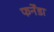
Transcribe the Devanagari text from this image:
फर्नेंडा